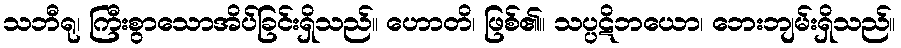
သဘီရု၊ ကြီးစွာသောအိပ်ခြင်းရှိသည်။ ဟောတိ၊ ဖြစ်၏။ သပ္ပဋိဘယော၊ ဘေးဘျမ်းရှိသည်။